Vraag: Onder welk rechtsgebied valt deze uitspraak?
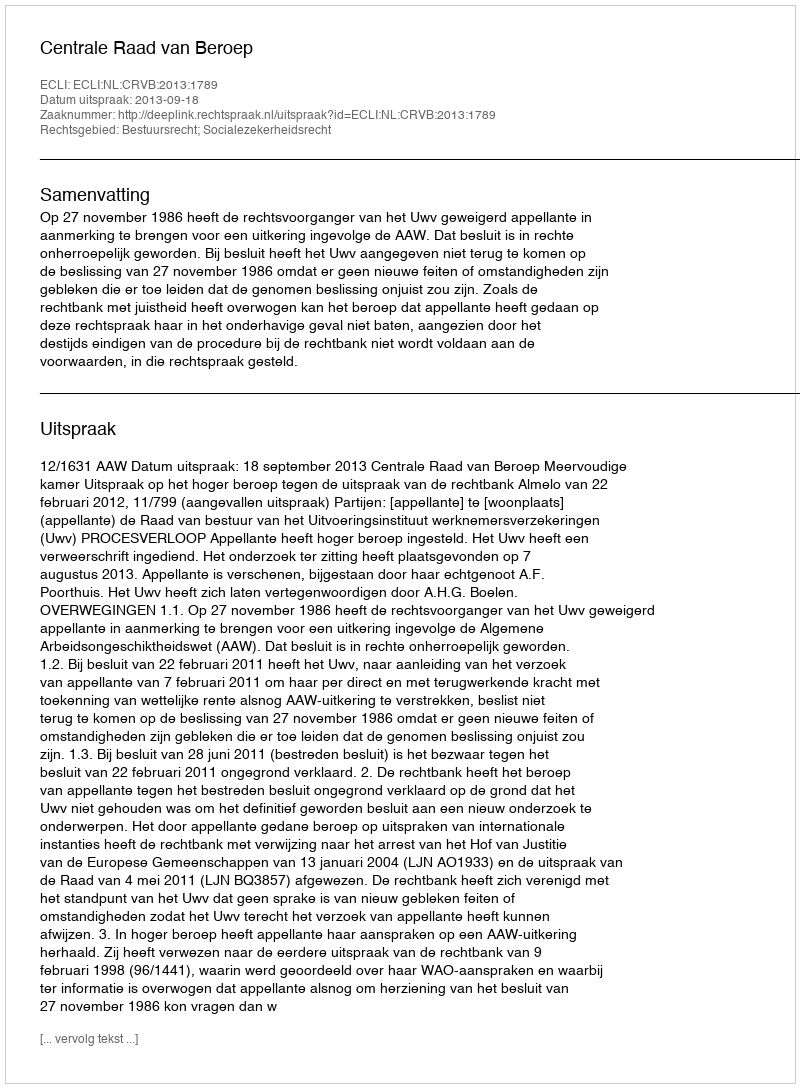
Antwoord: Bestuursrecht; Socialezekerheidsrecht